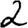
Digit: 2